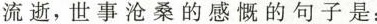
流逝，世事沧桑的感慨的句子是：